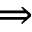
\Rightarrow